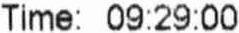
TIME: 09:29:00